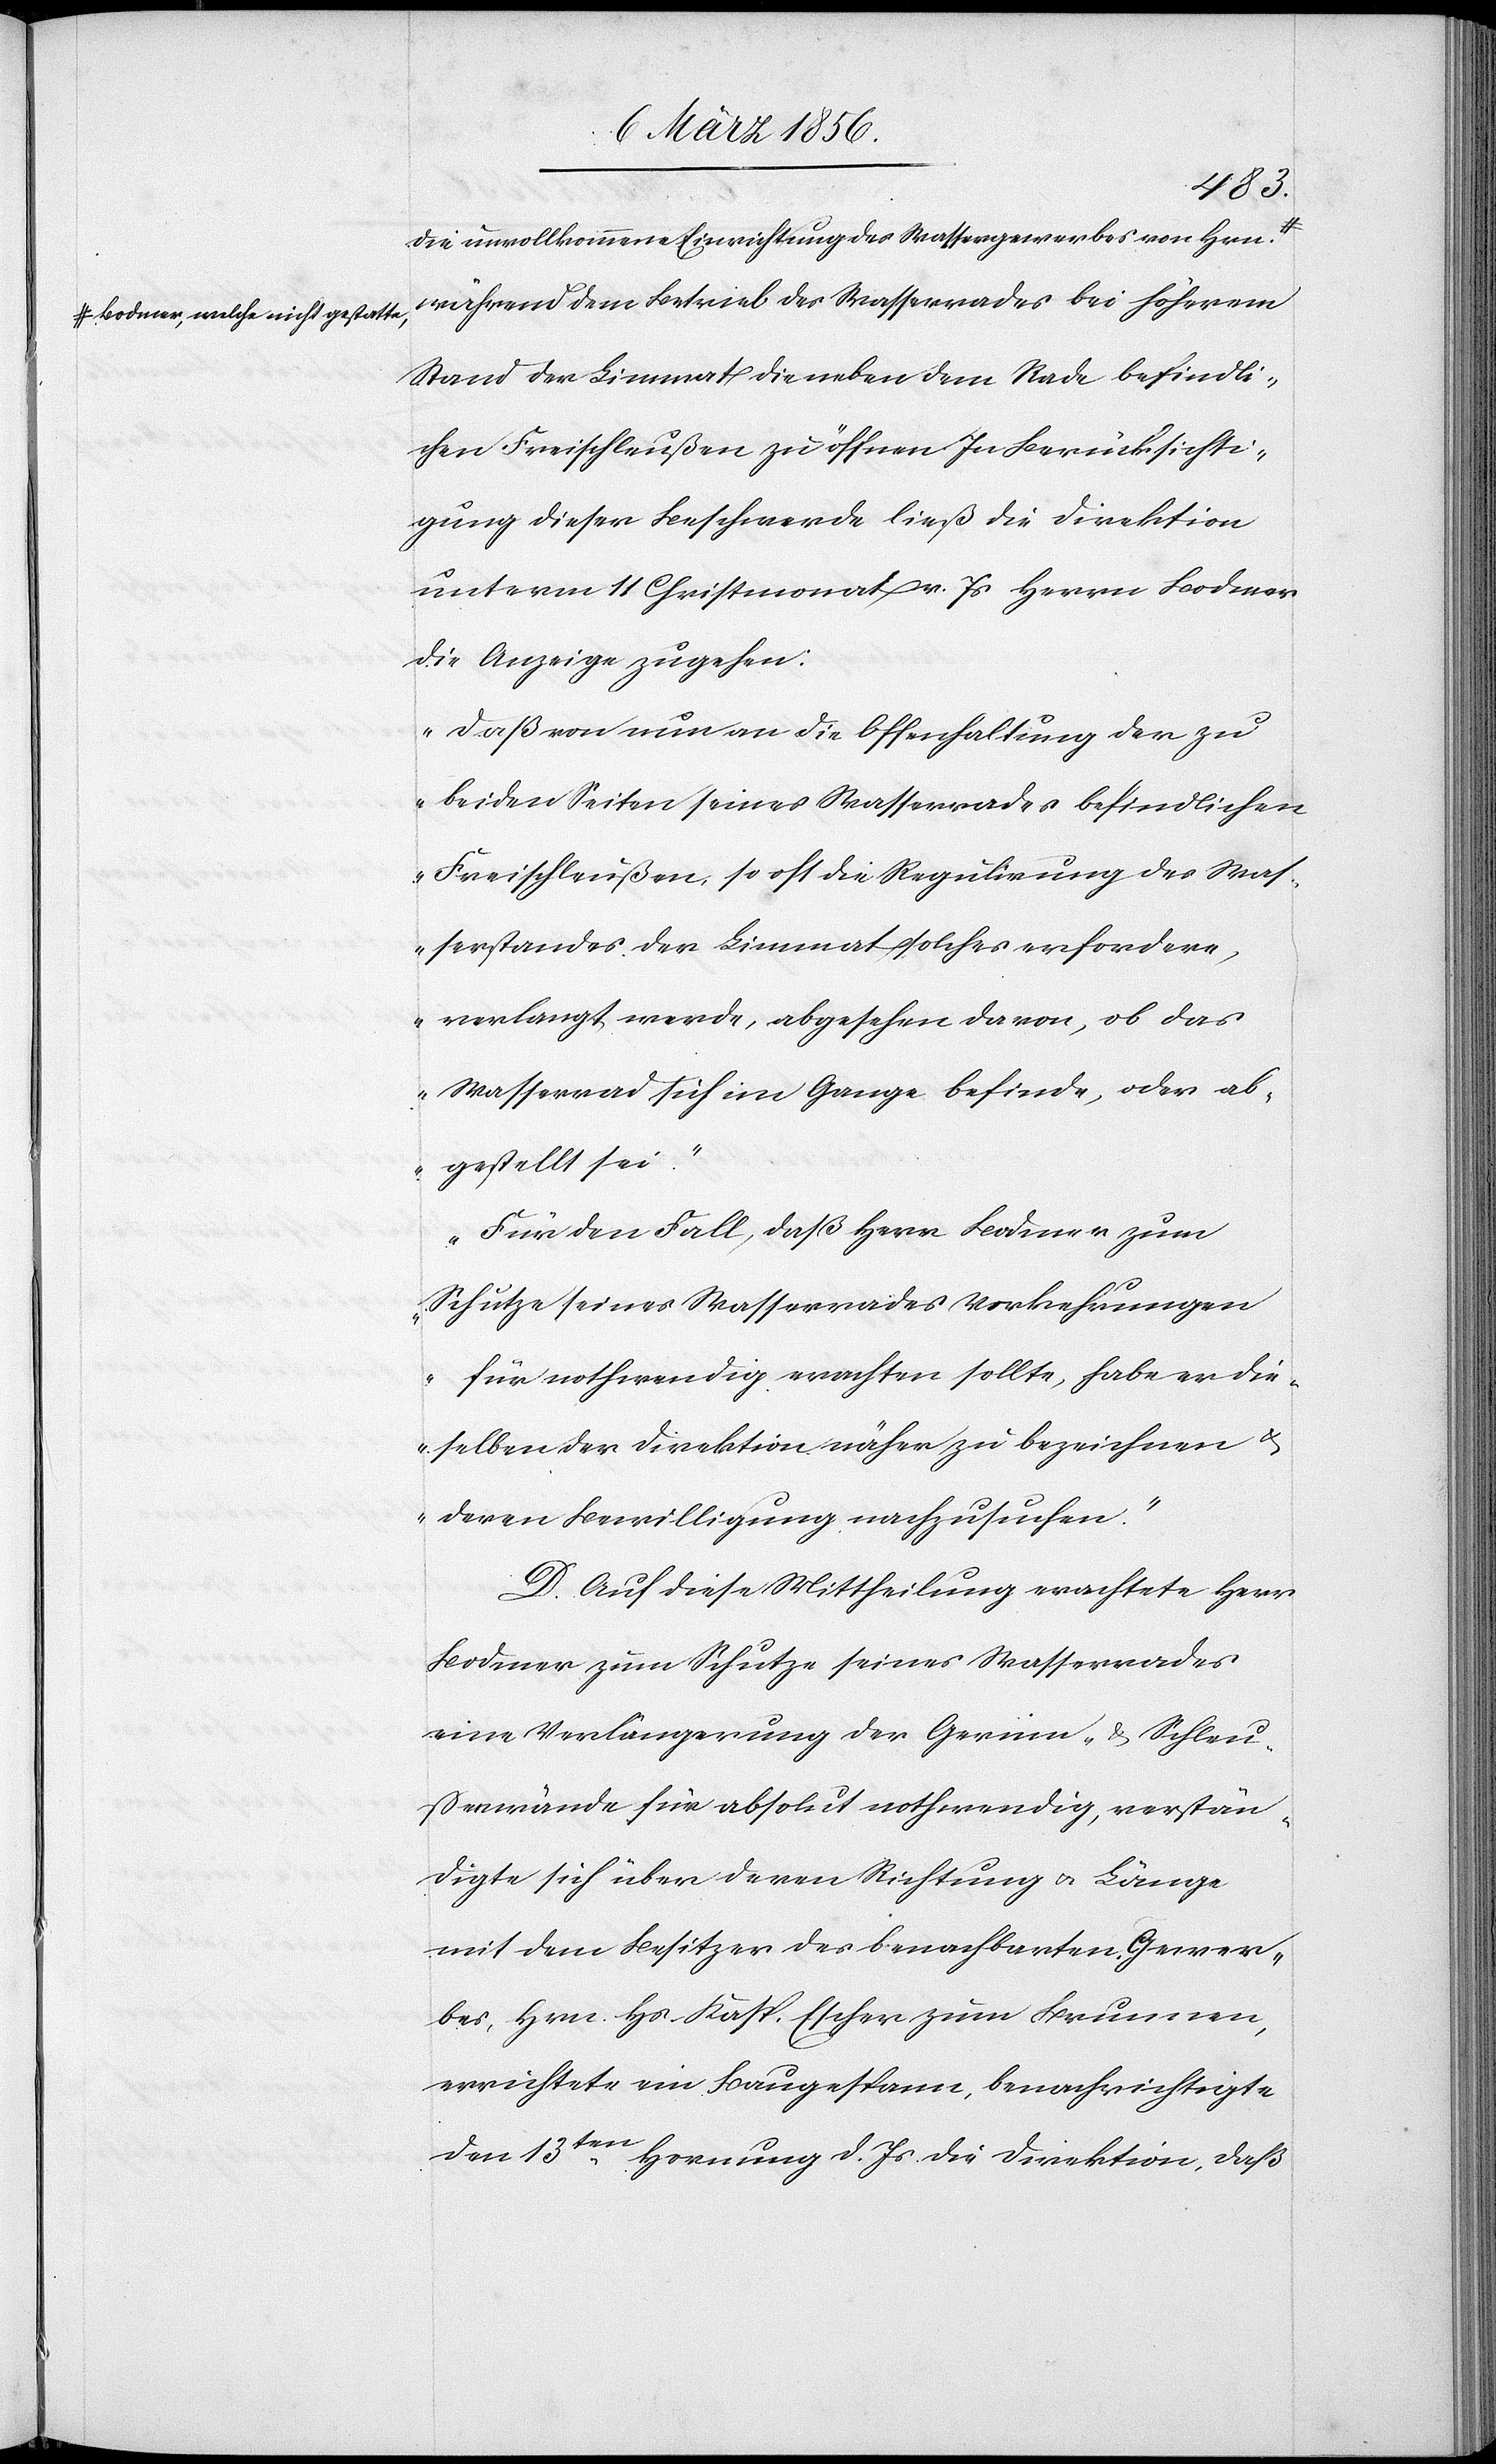
ª-Bodmer, welche nicht gestatte,-ª

die unvollkommene Einrichtung des Wassergewerbes von Hrn.
während dem Betrieb des Wasserrades bei höherem
Stand der Limmat die neben dem Rade befindli¬
chen Freischleußen zu öffnen. In Berücksichti¬
gung dieser Beschwerde ließ die Direktion
unterm 11 Christmonat v. Js Herrn Bodmer
die Anzeige zugehen:
„Daß von nun an die Offenhaltung der zu
beiden Seiten seines Wasserrades befindlichen
Freischleußen, so oft die Regulirung des Was¬
serstandes der Limmat solches erfordere,
verlangt werde, abgesehen davon, ob das
Wasserrad sich im Gange befinde, oder ab¬
gestellt sei.“
„Für den Fall, daß Herr Bodmer zum
Schutze seines Wasserrades Vorkehrungen
für nothwendig erachten sollte, habe er die¬
selben der Direktion näher zu bezeichnen &
deren Bewilligung nachzusuchen.“
D. Auf diese Mittheilung erachtete Herr
Bodmer zum Schutze seines Wasserrades
eine Verlängerung der Gerinn- & Schleu¬
ßenwände für absolut nothwendig, verstän¬
digte sich über deren Richtung u. Länge
mit dem Besitzer des benachbarten Gewer¬
bes, Hrn. Hs. Kasp. Escher zum Brunnen,
errichtete ein Baugespann, benachrichtigte
den 13ten Hornung d. Js. die Direktion, daß